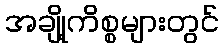
အချို့ကိစ္စများတွင်